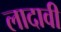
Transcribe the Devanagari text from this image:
लादावी